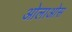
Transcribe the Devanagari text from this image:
ओलाओस